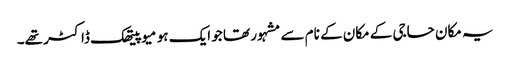
یہ مکان حاجی کے مکان کے نام سے مشہور تھا جو ایک ہو میوپیتھک ڈاکٹر تھے۔